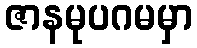
ဇာနမုပဂမမှာ